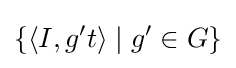
\lbrace \langle I,g^{\prime }t\rangle \mid g^{\prime }\in G\rbrace